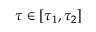
\tau \in [ \tau _ { 1 } , \tau _ { 2 } ]